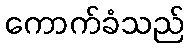
ကောက်ခံသည်